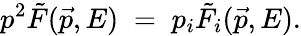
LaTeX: p^{2}\tilde{F}(\vec{p},E)\; =\; p_{i}\tilde{F}_{i}(\vec{p},E).